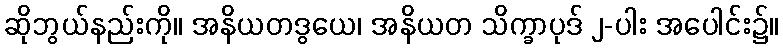
ဆိုဘွယ်နည်းကို။ အနိယတဒွယေ၊ အနိယတ သိက္ခာပုဒ် ၂-ပါး အပေါင်း၌။